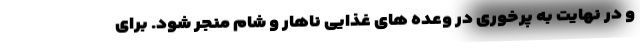
و در نهایت به پرخوری در وعده های غذایی ناهار و شام منجر شود. برای